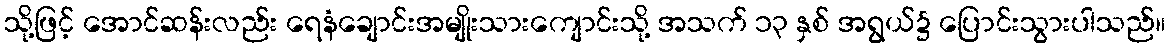
သို့ဖြင့် အောင်ဆန်းလည်း ရေနံချောင်းအမျိုးသားကျောင်းသို့ အသက် ၁၃ နှစ် အရွယ်၌ ပြောင်းသွားပါသည်။